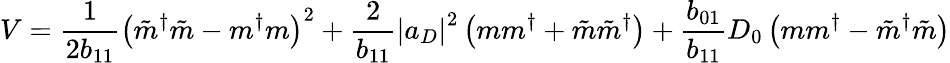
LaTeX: V=\frac{1}{2{b}_{11}}\left(\tilde{m}^{\dagger}\tilde{m}-m^{\dagger}m\right)^{2}+\frac{2}{{b}_{11}}\left|a_{D}\right|^{2}\left(mm^{\dagger}+\tilde{m}\tilde{m}^{\dagger}\right)+\frac{{b}_{01}}{{b}_{11}}D_{0}\left(mm^{\dagger}-\tilde{m}^{\dagger}\tilde{m}\right)